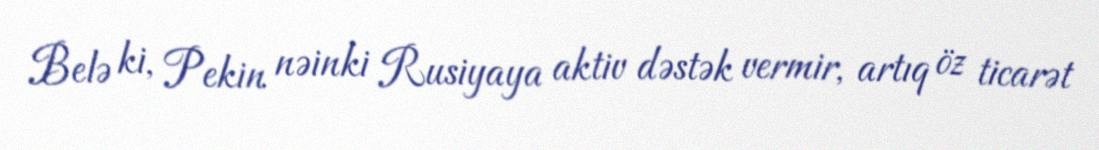
Belə ki, Pekin nəinki Rusiyaya aktiv dəstək vermir, artıq öz ticarət